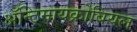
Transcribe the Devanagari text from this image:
ॲन्टिमायक्रोबियल